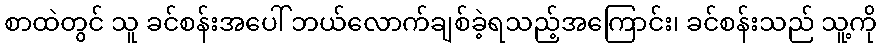
စာထဲတွင် သူ ခင်စန်းအပေါ် ဘယ်လောက်ချစ်ခဲ့ရသည့်အကြောင်း၊ ခင်စန်းသည် သူ့ကို